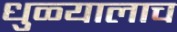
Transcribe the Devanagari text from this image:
धुळ्यालाच